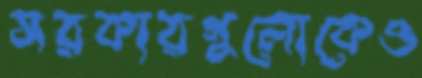
সরকারগুলোকেও